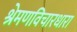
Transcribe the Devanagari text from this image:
श्रेमणविचारधारा